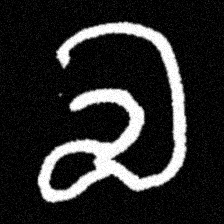
Pyu character \u2014 Myanmar letter: လ (romanized: la)